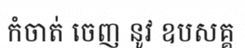
កំចាត់ ចេញ នូវ ឧបសគ្គ